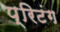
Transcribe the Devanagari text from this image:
प्रिटंग